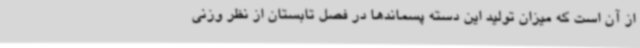
از آن است که میزان تولید این دسته پسماندها در فصل تابستان از نظر وزنی